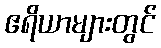
ဧရိယာများတွင်